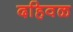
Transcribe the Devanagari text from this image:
दहिवळ